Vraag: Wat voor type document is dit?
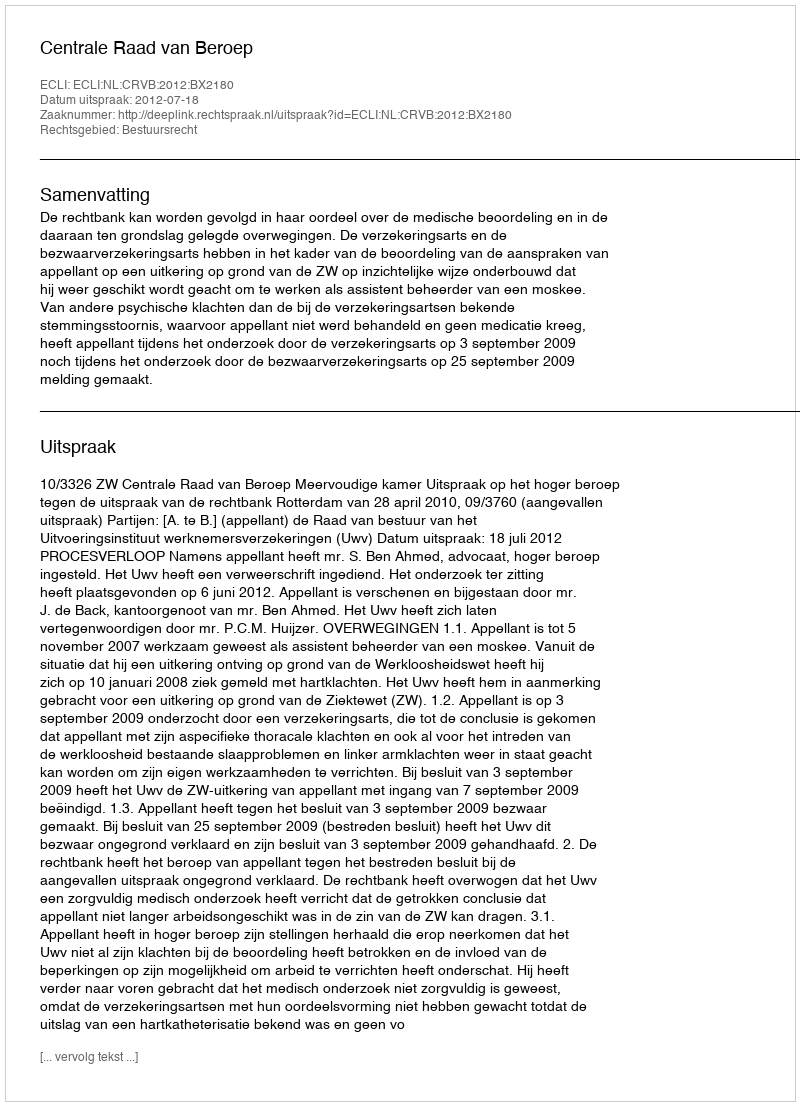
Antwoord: Uitspraak